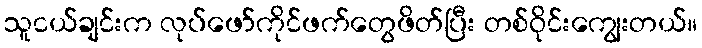
သူငယ်ချင်းက လုပ်ဖော်ကိုင်ဖက်တွေဖိတ်ပြီး တစ်ဝိုင်းကျွေးတယ်။